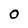
Character: O